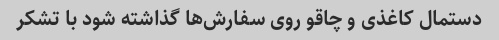
دستمال کاغذی و چاقو روی سفارش‌ها گذاشته شود با تشکر